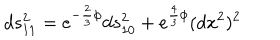
d s _ { 1 1 } ^ { 2 } = e ^ { - \frac { 2 } { 3 } \phi } d s _ { 1 0 } ^ { 2 } + e ^ { \frac { 4 } { 3 } \phi } ( d x ^ { 2 } ) ^ { 2 }